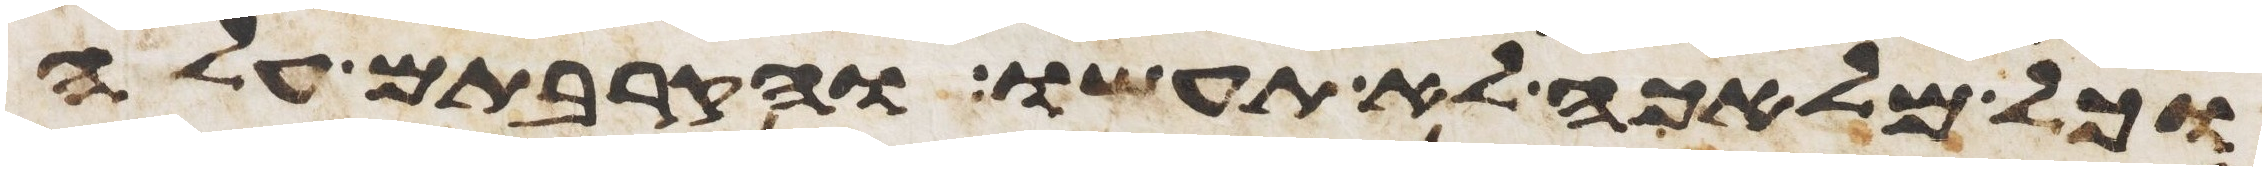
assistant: וכל מלאכה לא תעשו והקרבתם עלה